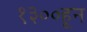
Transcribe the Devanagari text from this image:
१३००हून